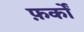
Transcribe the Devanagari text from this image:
फ़र्कों